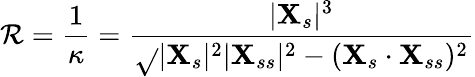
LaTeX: \mathcal{R}=\frac{{1}}{{\kappa}}=\frac{{|\mathbf{{X}}_{s}|^{3}}}{{\sqrt{}{{|\mathbf{{X}}_{s}|^{2}|\mathbf{{X}}_{ss}|^{2}-(\mathbf{{X}}_{s}\cdot\mathbf{{X}}_{ss})^{2}}}}}